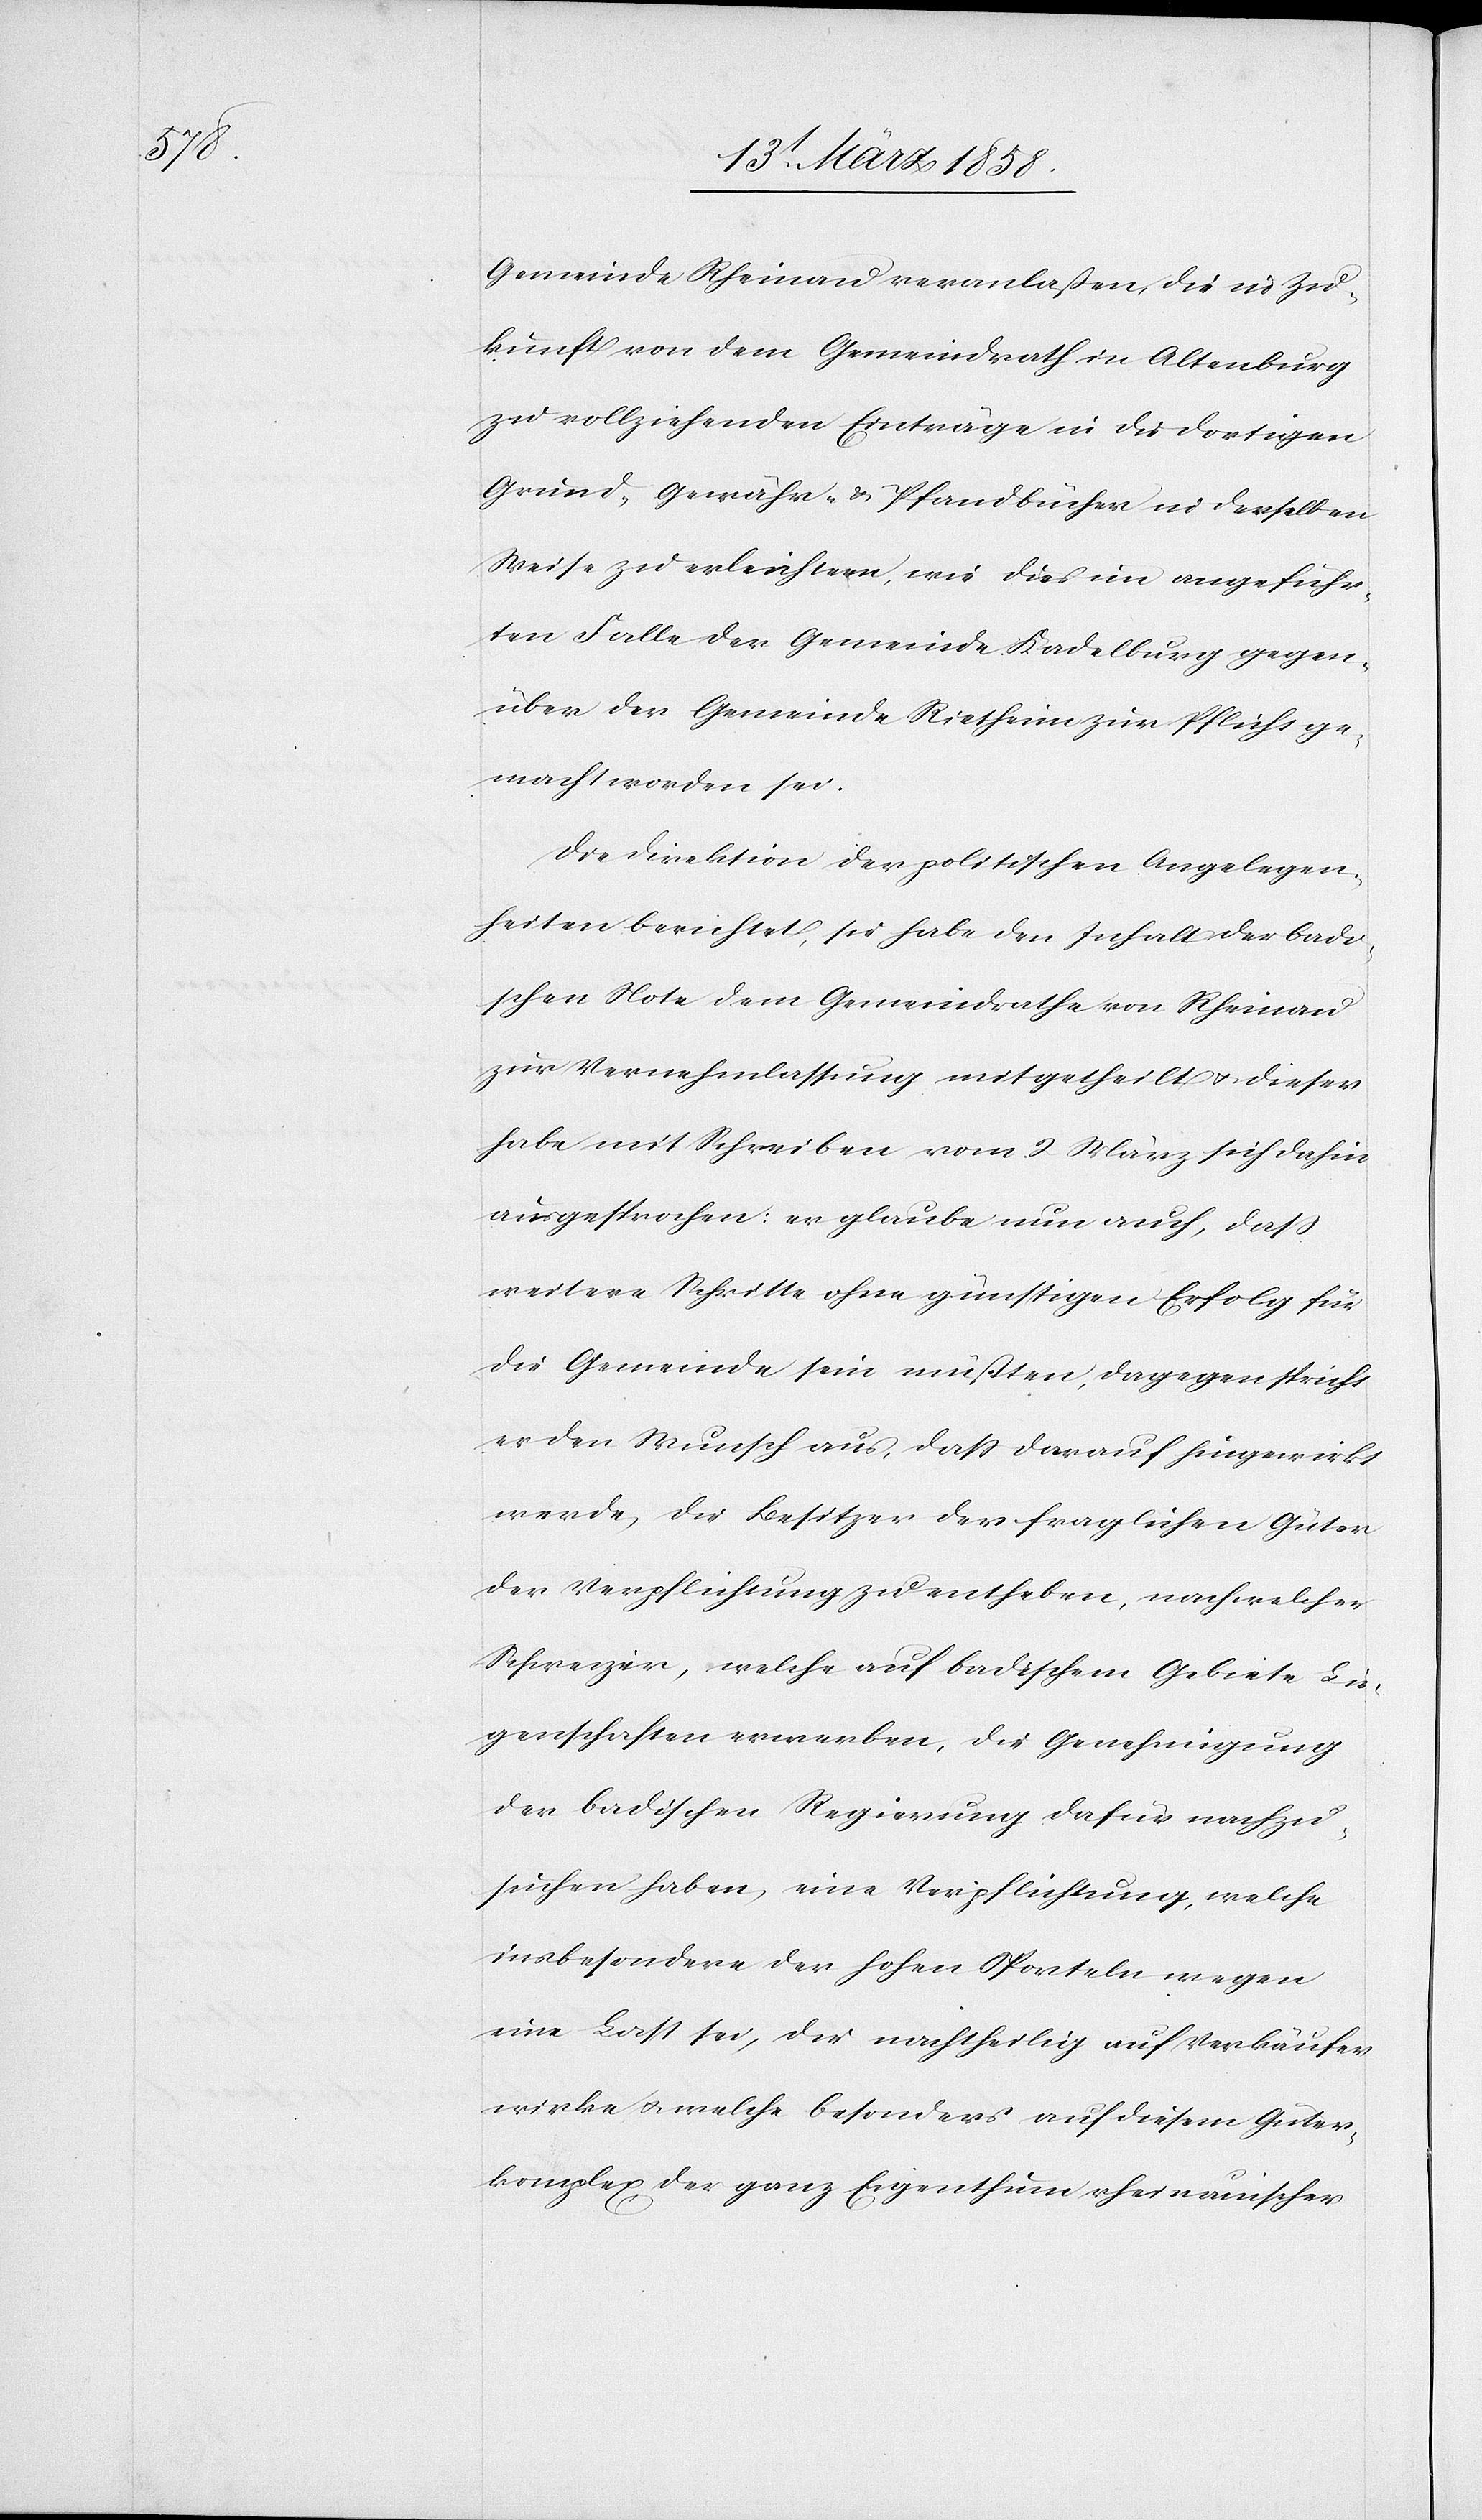
Gemeinde Rheinau veranlaßen, die in Zu¬
kunft von dem Gemeindrath in Altenburg
zu vollziehenden Einträge in die dortigen
Grund- Gewähr- u. Pfandbücher in derselben
Weise zu erleichtern, wie dies im angeführ¬
ten Falle der Gemeinde Kadelburg gegen¬
über der Gemeinde Rietheim zur Pflicht ge¬
macht worden sei.
Die Direktion der politischen Angelegen¬
heiten berichtet, sie habe den Inhalt der badi¬
schen Note dem Gemeindrathe von Rheinau
zur Vernehmlassung mitgetheilt u. dieser
habe mit Schreiben vom 2. März sich dahin
ausgesprochen: er glaube nun auch, daß
weitere Schritte ohne günstigen Erfolg für
die Gemeinde sein müßten, dagegen spricht
er den Wunsch aus, daß darauf hingewirkt
werde, die Besitzer der fraglichen Güter
der Verpflichtung zu entheben, nach welcher
Schweizer, welche auf badischem Gebiete Lie¬
genschaften erwerben, die Genehmigung
der badischen Regierung dafür nachzu¬
suchen haben, eine Verpflichtung, welche
insbesondere der hohen Sporteln wegen
eine Last sei, die nachtheilig auf Verkäufer
wirke u. welche besonders auf diesem Güter¬
komplex der ganz Eigenthum rheinauischer